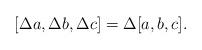
LaTeX: \begin{align*}\lbrack \Delta a,\Delta b,\Delta c]=\Delta [a,b,c].\end{align*}